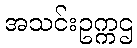
အသင်းဥက္ကဌ